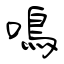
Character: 鳴